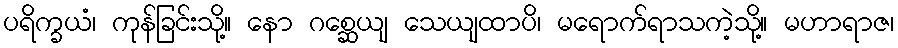
ပရိက္ခယံ၊ ကုန်ခြင်းသို့။ နော ဂစ္ဆေယျ သေယျထာပိ၊ မရောက်ရာသကဲ့သို့။ မဟာရာဇ၊